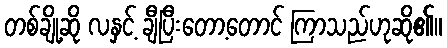
တစ်ချို့ဆို လနှင့် ချီပြီးတော့တောင် ကြာသည်ဟုဆို၏။